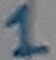
Text: 1